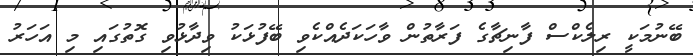
ބޭނުމަކީ ރިލެކްސް ފާނިޗާގެ ފަރާތުން ވާހަކަދެއްކެވި ބޭފުޅަކު ވިދާޅުވި ގޮތުގައި މި އަހަރު